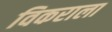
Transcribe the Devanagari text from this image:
विकराला